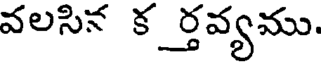
వలసిన కర్తవ్యము.